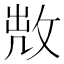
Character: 𢽘